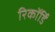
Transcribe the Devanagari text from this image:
रिकॉर्डिं